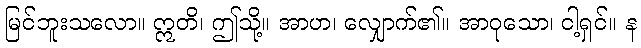
မြင်ဘူးသလော။ ဣတိ၊ ဤသို့။ အာဟ၊ လျှောက်၏။ အာဝုသော၊ ငါ့ရှင်။ န